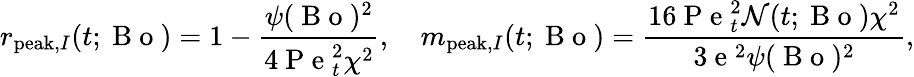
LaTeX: r_{\mathrm{peak},I}(t;\mathrm{~B~o~})=1-\frac{\psi(\mathrm{~B~o~})^{2}}{4\mathrm{~P~e~}_{t}^{2}\chi^{2}},\quad m_{\mathrm{peak},I}(t;\mathrm{~B~o~})=\frac{16\mathrm{~P~e~}_{t}^{2}\mathcal{N}(t;\mathrm{~B~o~})\chi^{2}}{3\mathrm{~e~}^{2}\psi(\mathrm{~B~o~})^{2}},